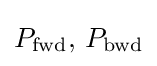
P_{\rm {fwd}},\,P_{\rm {bwd}}